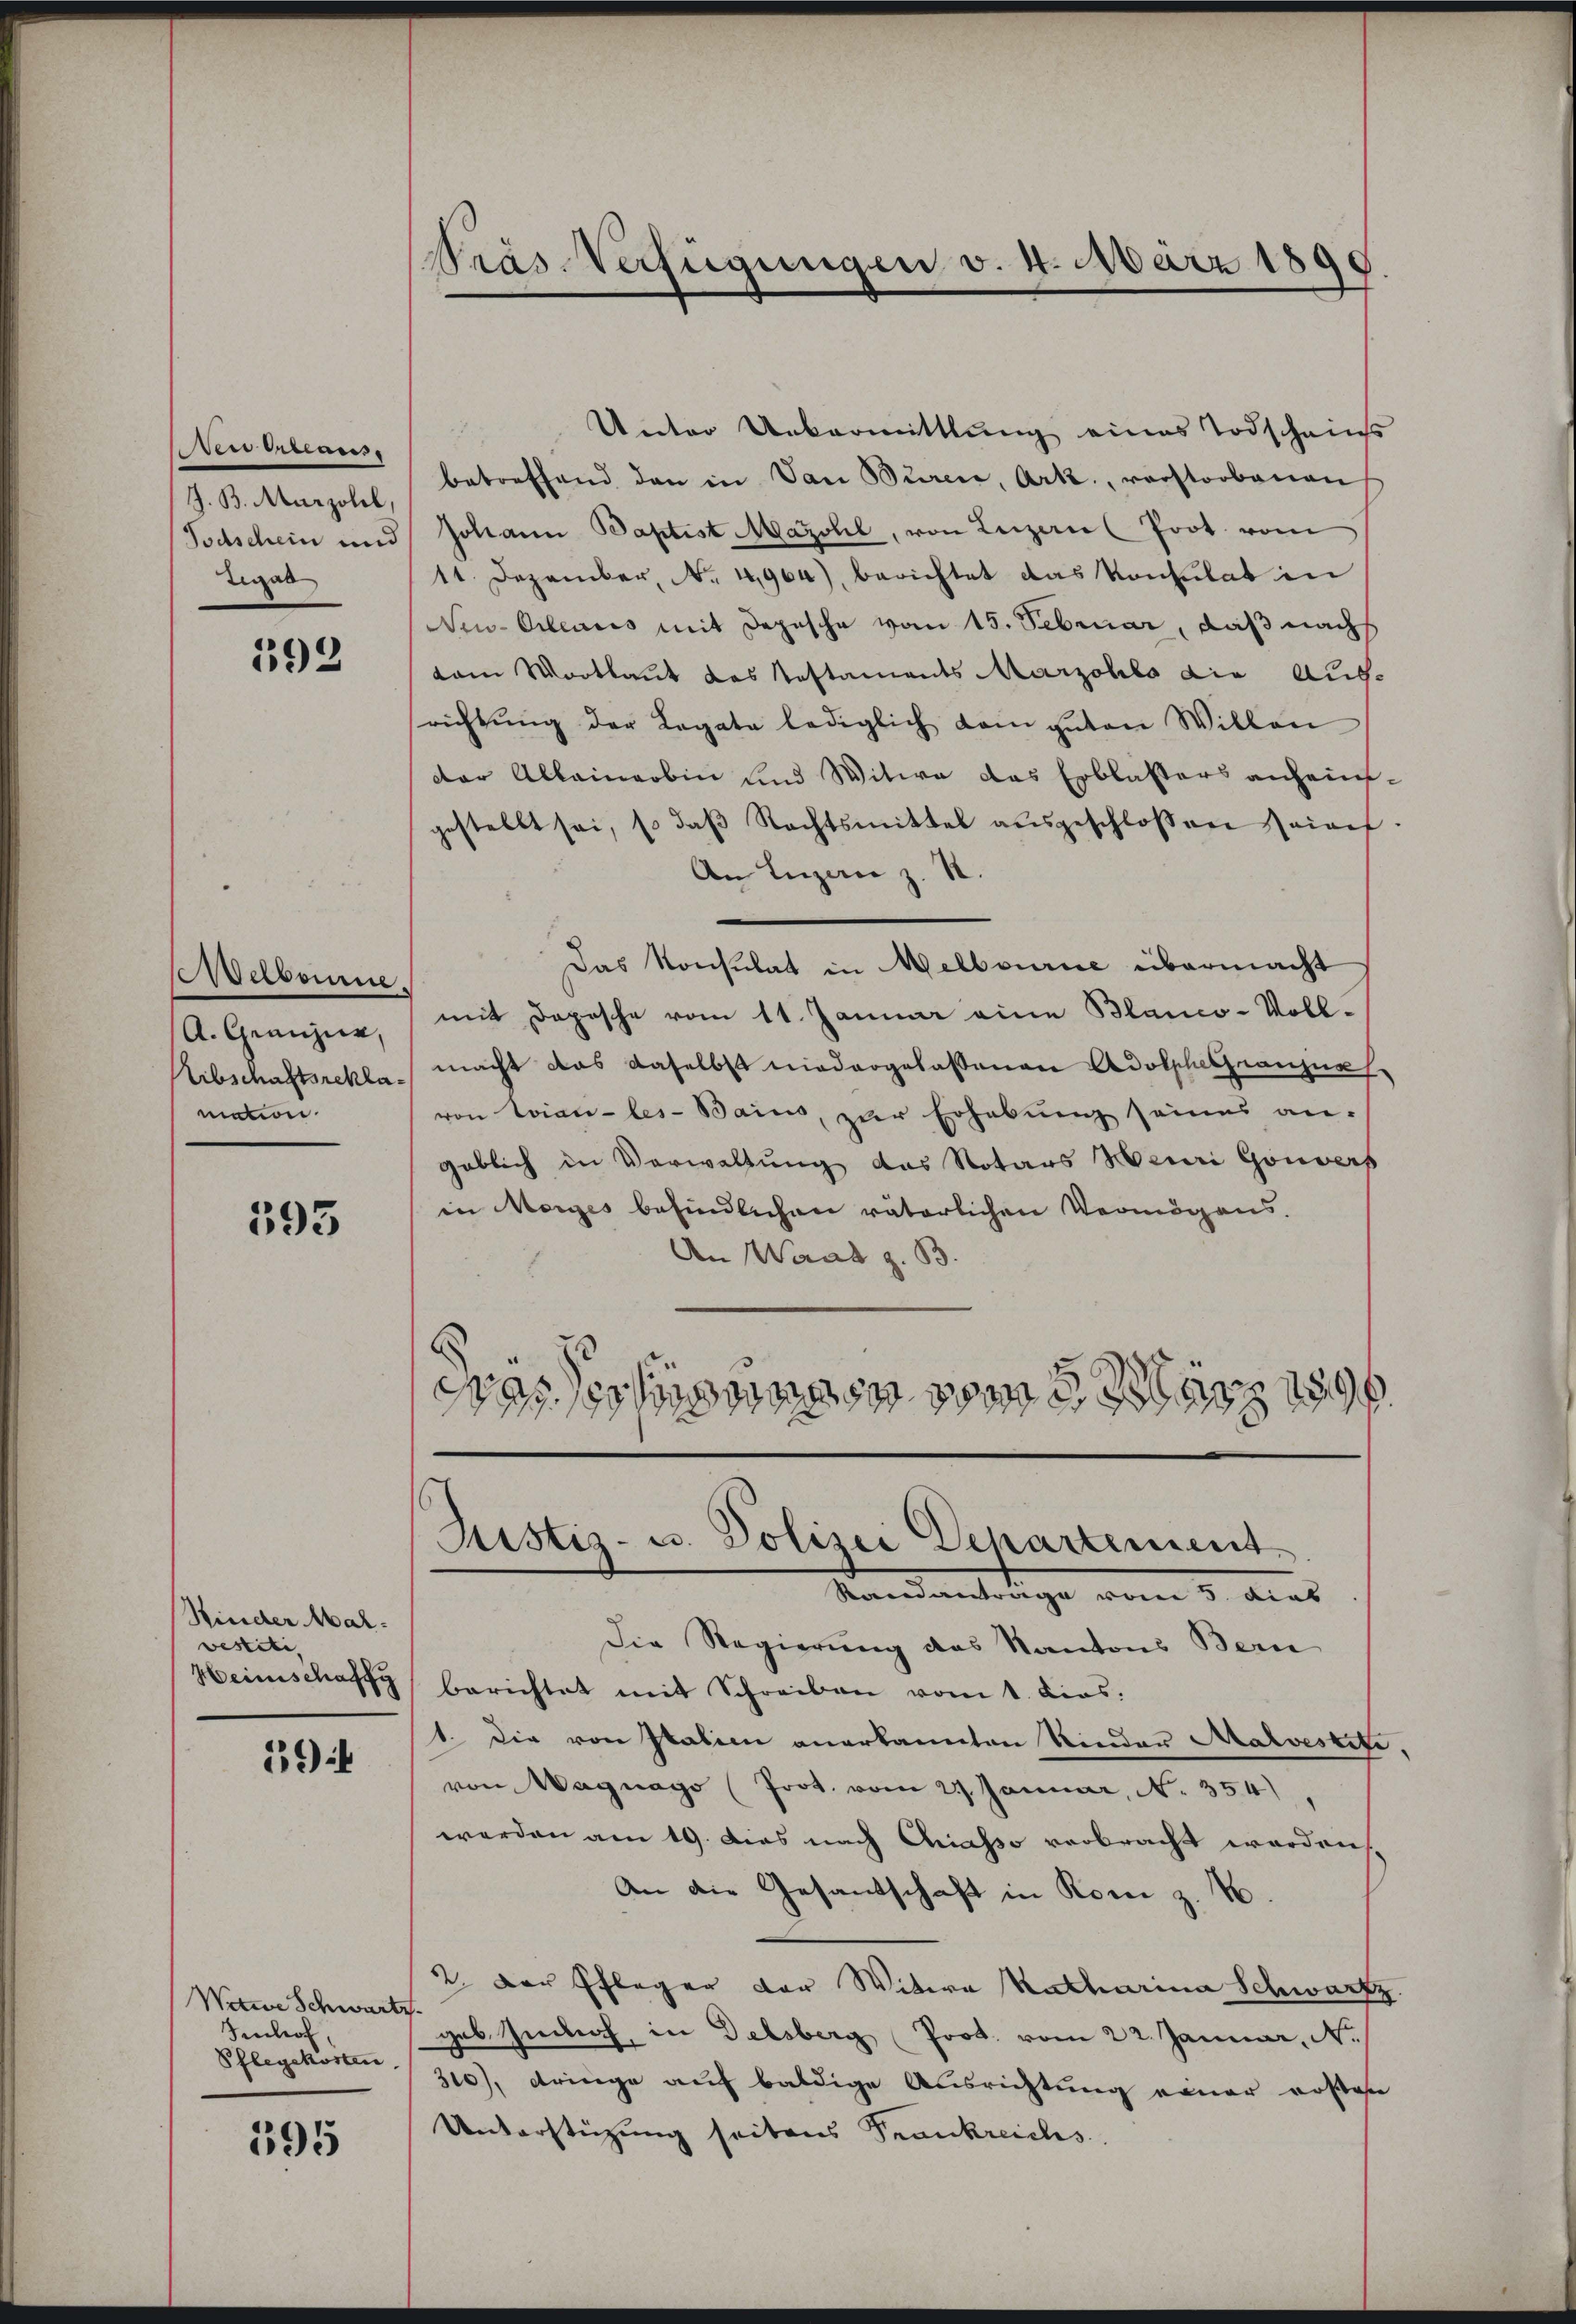
en braus.
J. B. Marzolel,
Tigab

592

Welbonne
A. Grenzer,
mation

593

Hinder Marvestiti,
Heimschaff

194

Witwe Schwartz.
Jenhof
Pflegekosten

595

Wräs. Verfügungen v. 4. März 1890
.

Unter Uebermittlung eines Todscheins
betreffend den in Van Bŭrer, Ark., verstorbenen
Todschein und Johann Baptist Mazohl, von Luzern (Prot. vom
11. Dezember, No. 4904), berichtet das Konsulat in
New-Orlences mit Depesche vom 15. Februar, daß nach
kam Wortlaut das Restaments Marzohlo die Auf-
richtŭng der Legate lediglich dem Inten Willen
dar Alleinerbin und Witwe das Erblassers anheingestellt sei, so daβ Rechtsmittel aŭsgeschlossen seines.
An Luzerne z. B.
Das Konsulat in Melbourne übermacht
mit Depesche vom 11. Januar eine Blanco-Voll¬
Eibschaftsrekla macht das daselbst niedergelassenen Adolphelhausun
von Evian-les-Bains, zur Erhebung seines an-
geblich in Verwaltung das Notars Neui Gouvers
in Morges befindlichen väterlichen Vermögens-
An Waad z. B.
Frassertigenen von März 189

Justiz- u. Polizei Departement
Mandantrage vom 3. dies

Die Regierung des Kantons Bern
berichtet mit Schreiben vom 1. dies.
1. Die von Italien anerkannten Nieder Malvestiti,
von Magnago (Prot. vom 27. Januar, N. 354),
werden am 19. Dies nach Chiasso verbracht worden,
An die Gesandschaft in Komi z. B.
2. Der Pfleger der Witwe Katharina Schwartz
geb. Indich, in Delsberg Prot. vom 22. Januar, N.
310), dringe auf baldige Ausrichtung einer rosen
Unterstützung seitens Frankreichs